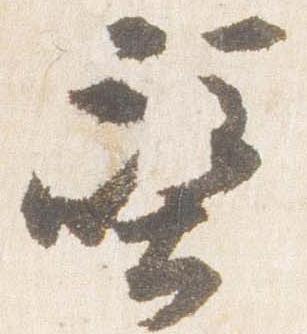
壁